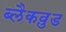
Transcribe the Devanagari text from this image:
ब्लैकव़ुड